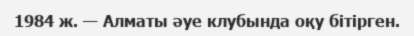
1984 ж. — Алматы әуе клубында оқу бітірген.